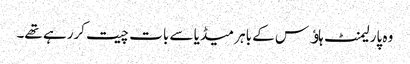
وہ پارلیمنٹ ہاﺅس کے باہر میڈیا سے بات چیت کررہے تھے۔